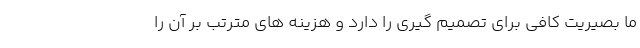
ما بصیریت کافی برای تصمیم گیری را دارد و هزینه های مترتب بر آن را